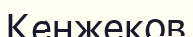
Кенжеков